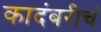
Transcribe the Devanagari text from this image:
कादंबरीचं